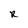
Character: R